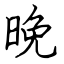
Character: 晚